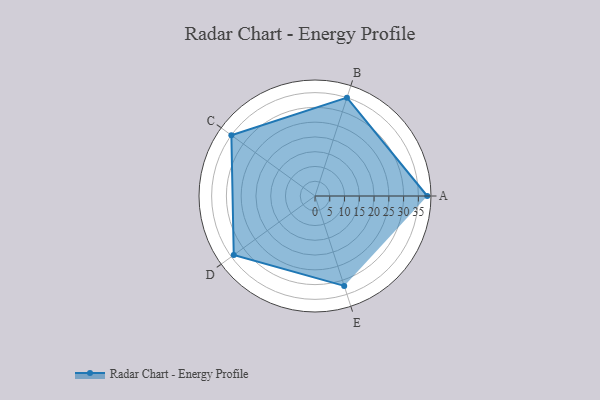
{"axis": {"x": "Skill", "y": "Score"}, "legend": ["Profile"], "data": [{"x": "A", "y": 38.0, "type": "Profile"}, {"x": "B", "y": 35.0, "type": "Profile"}, {"x": "C", "y": 35.0, "type": "Profile"}, {"x": "D", "y": 34.0, "type": "Profile"}, {"x": "E", "y": 32.0, "type": "Profile"}]}